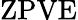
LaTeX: \mathrm{ZPVE}